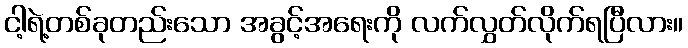
ငါ့ရဲ့တစ်ခုတည်းသော အခွင့်အရေးကို လက်လွှတ်လိုက်ရပြီလား။